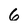
Character: 6